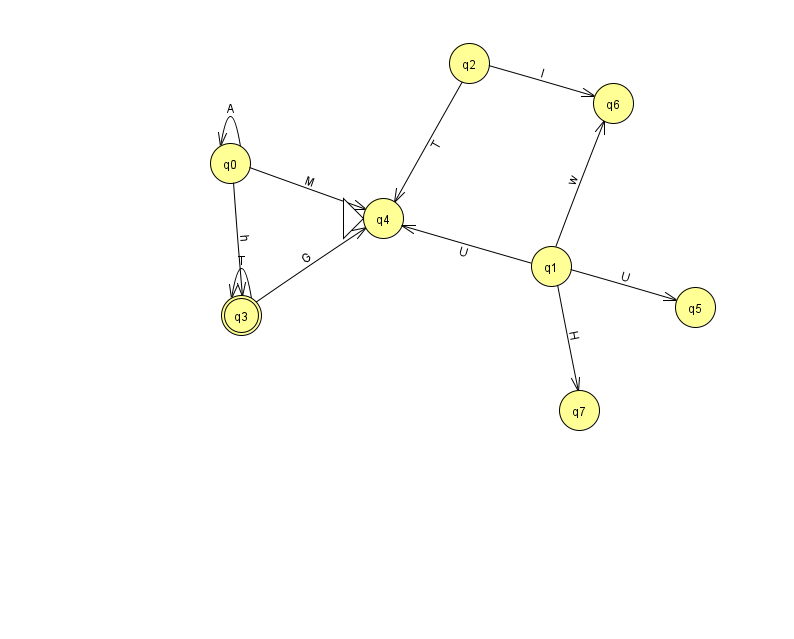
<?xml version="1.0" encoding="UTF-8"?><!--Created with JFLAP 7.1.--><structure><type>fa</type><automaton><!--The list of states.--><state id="0" name="q0"><x>230.0</x><y>150.0</y></state><state id="1" name="q1"><x>551.0</x><y>253.0</y></state><state id="2" name="q2"><x>469.0</x><y>50.0</y></state><state id="3" name="q3"><x>241.0</x><y>302.0</y><final/></state><state id="4" name="q4"><x>383.0</x><y>205.0</y><initial/></state><state id="5" name="q5"><x>695.0</x><y>294.0</y></state><state id="6" name="q6"><x>613.0</x><y>90.0</y></state><state id="7" name="q7"><x>579.0</x><y>397.0</y></state><!--The list of transitions.--><transition><from>0</from><to>0</to><read>A</read></transition><transition><from>1</from><to>7</to><read>H</read></transition><transition><from>3</from><to>3</to><read>T</read></transition><transition><from>1</from><to>4</to><read>U</read></transition><transition><from>3</from><to>4</to><read>G</read></transition><transition><from>0</from><to>3</to><read>h</read></transition><transition><from>2</from><to>4</to><read>T</read></transition><transition><from>2</from><to>6</to><read>l</read></transition><transition><from>1</from><to>5</to><read>U</read></transition><transition><from>0</from><to>4</to><read>M</read></transition><transition><from>1</from><to>6</to><read>w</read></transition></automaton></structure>